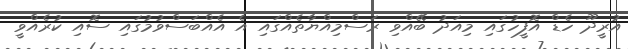
އުރީދޫ ހެޑް އޮފީހުގައި މިއަދު ބޭއްވި ރަސްމިއްޔާތެއްގައި އެ އެއްބަސްވުމުގައި ސޮއި ކުރެއްވީ